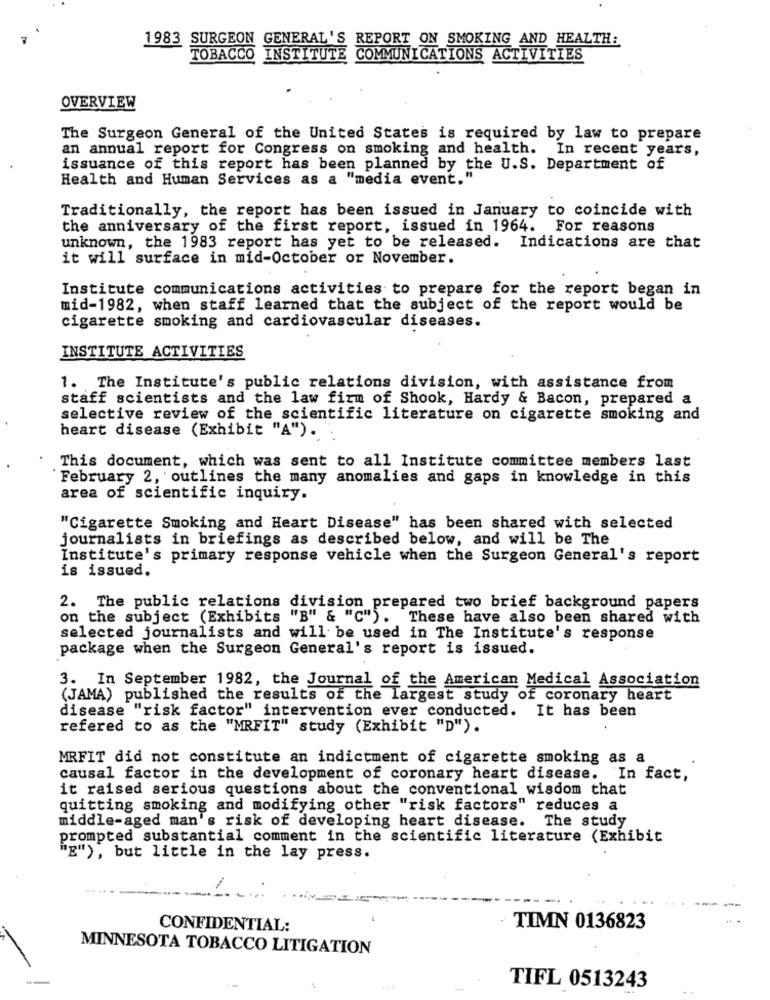
1983 SURGEON GENERAL'S REPORT ON SMOKING AND HEALTH:
TOBACCO INSTITUTE
COMMUNICATIONS ACTIVITIES
OVERVIEW
The Surgeon General of the United States is required by law to prepare
an annual report for Congress on smoking and health. In recent years,
issuance of this report has been planned by the U.S. Department of
Health and Human Services as a "media event."
Traditionally, the report has been issued in January to coincide with
the anniversary of the first report, issued in 1964. For reasons
unknown, the 1983 report has yet to be released. Indications are that
it will surface in mid-October or November.
Institute communications activities to prepare for the report began in
mid-1982, when staff learned that the subject of the report would be
cigarette smoking and cardiovascular diseases.
INSTITUTE ACTIVITIES
1. The Institute's public relations division, with assistance from
staff scientists and the law firm of Shook, Hardy & Bacon, prepared a
selective review of the scientific literature on cigarette smoking and
heart disease (Exhibit "A").
This document, which was sent to all Institute committee members last
February 2, outlines the many anomalies and gaps in knowledge in this
area of scientific inquiry.
"Cigarette Smoking and Heart Disease" has been shared with selected
journalists in briefings as described below, and will be The
Institute's primary response vehicle when the Surgeon General's report
is issued.
2. The public relations division prepared two brief background papers
on the subject (Exhibits "B" & "C"). These have also been shared with
selected journalists and will be used in The Institute's response
package when the Surgeon General's report is issued.
3. In September 1982, the Journal of the American Medical Association
(JAMA) published the results of the largest study of coronary heart
disease "risk factor" intervention ever conducted. It has been
refered to as the "MRFIT" study (Exhibit "D").
MRFIT did not constitute an indictment of cigarette smoking as a
causal factor in the development of coronary heart disease. In fact,
it raised serious questions about the conventional wisdom that
quitting smoking and modifying other "risk factors" reduces a
middle-aged man's risk of developing heart disease.
The study
prompted substantial comment in the scientific literature (Exhibit
"E"), but little in the lay press.
1
CONFIDENTIAL:
TIMN 0136823
MINNESOTA TOBACCO LITIGATION
TIFL 0513243